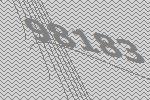
98183